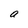
Character: a